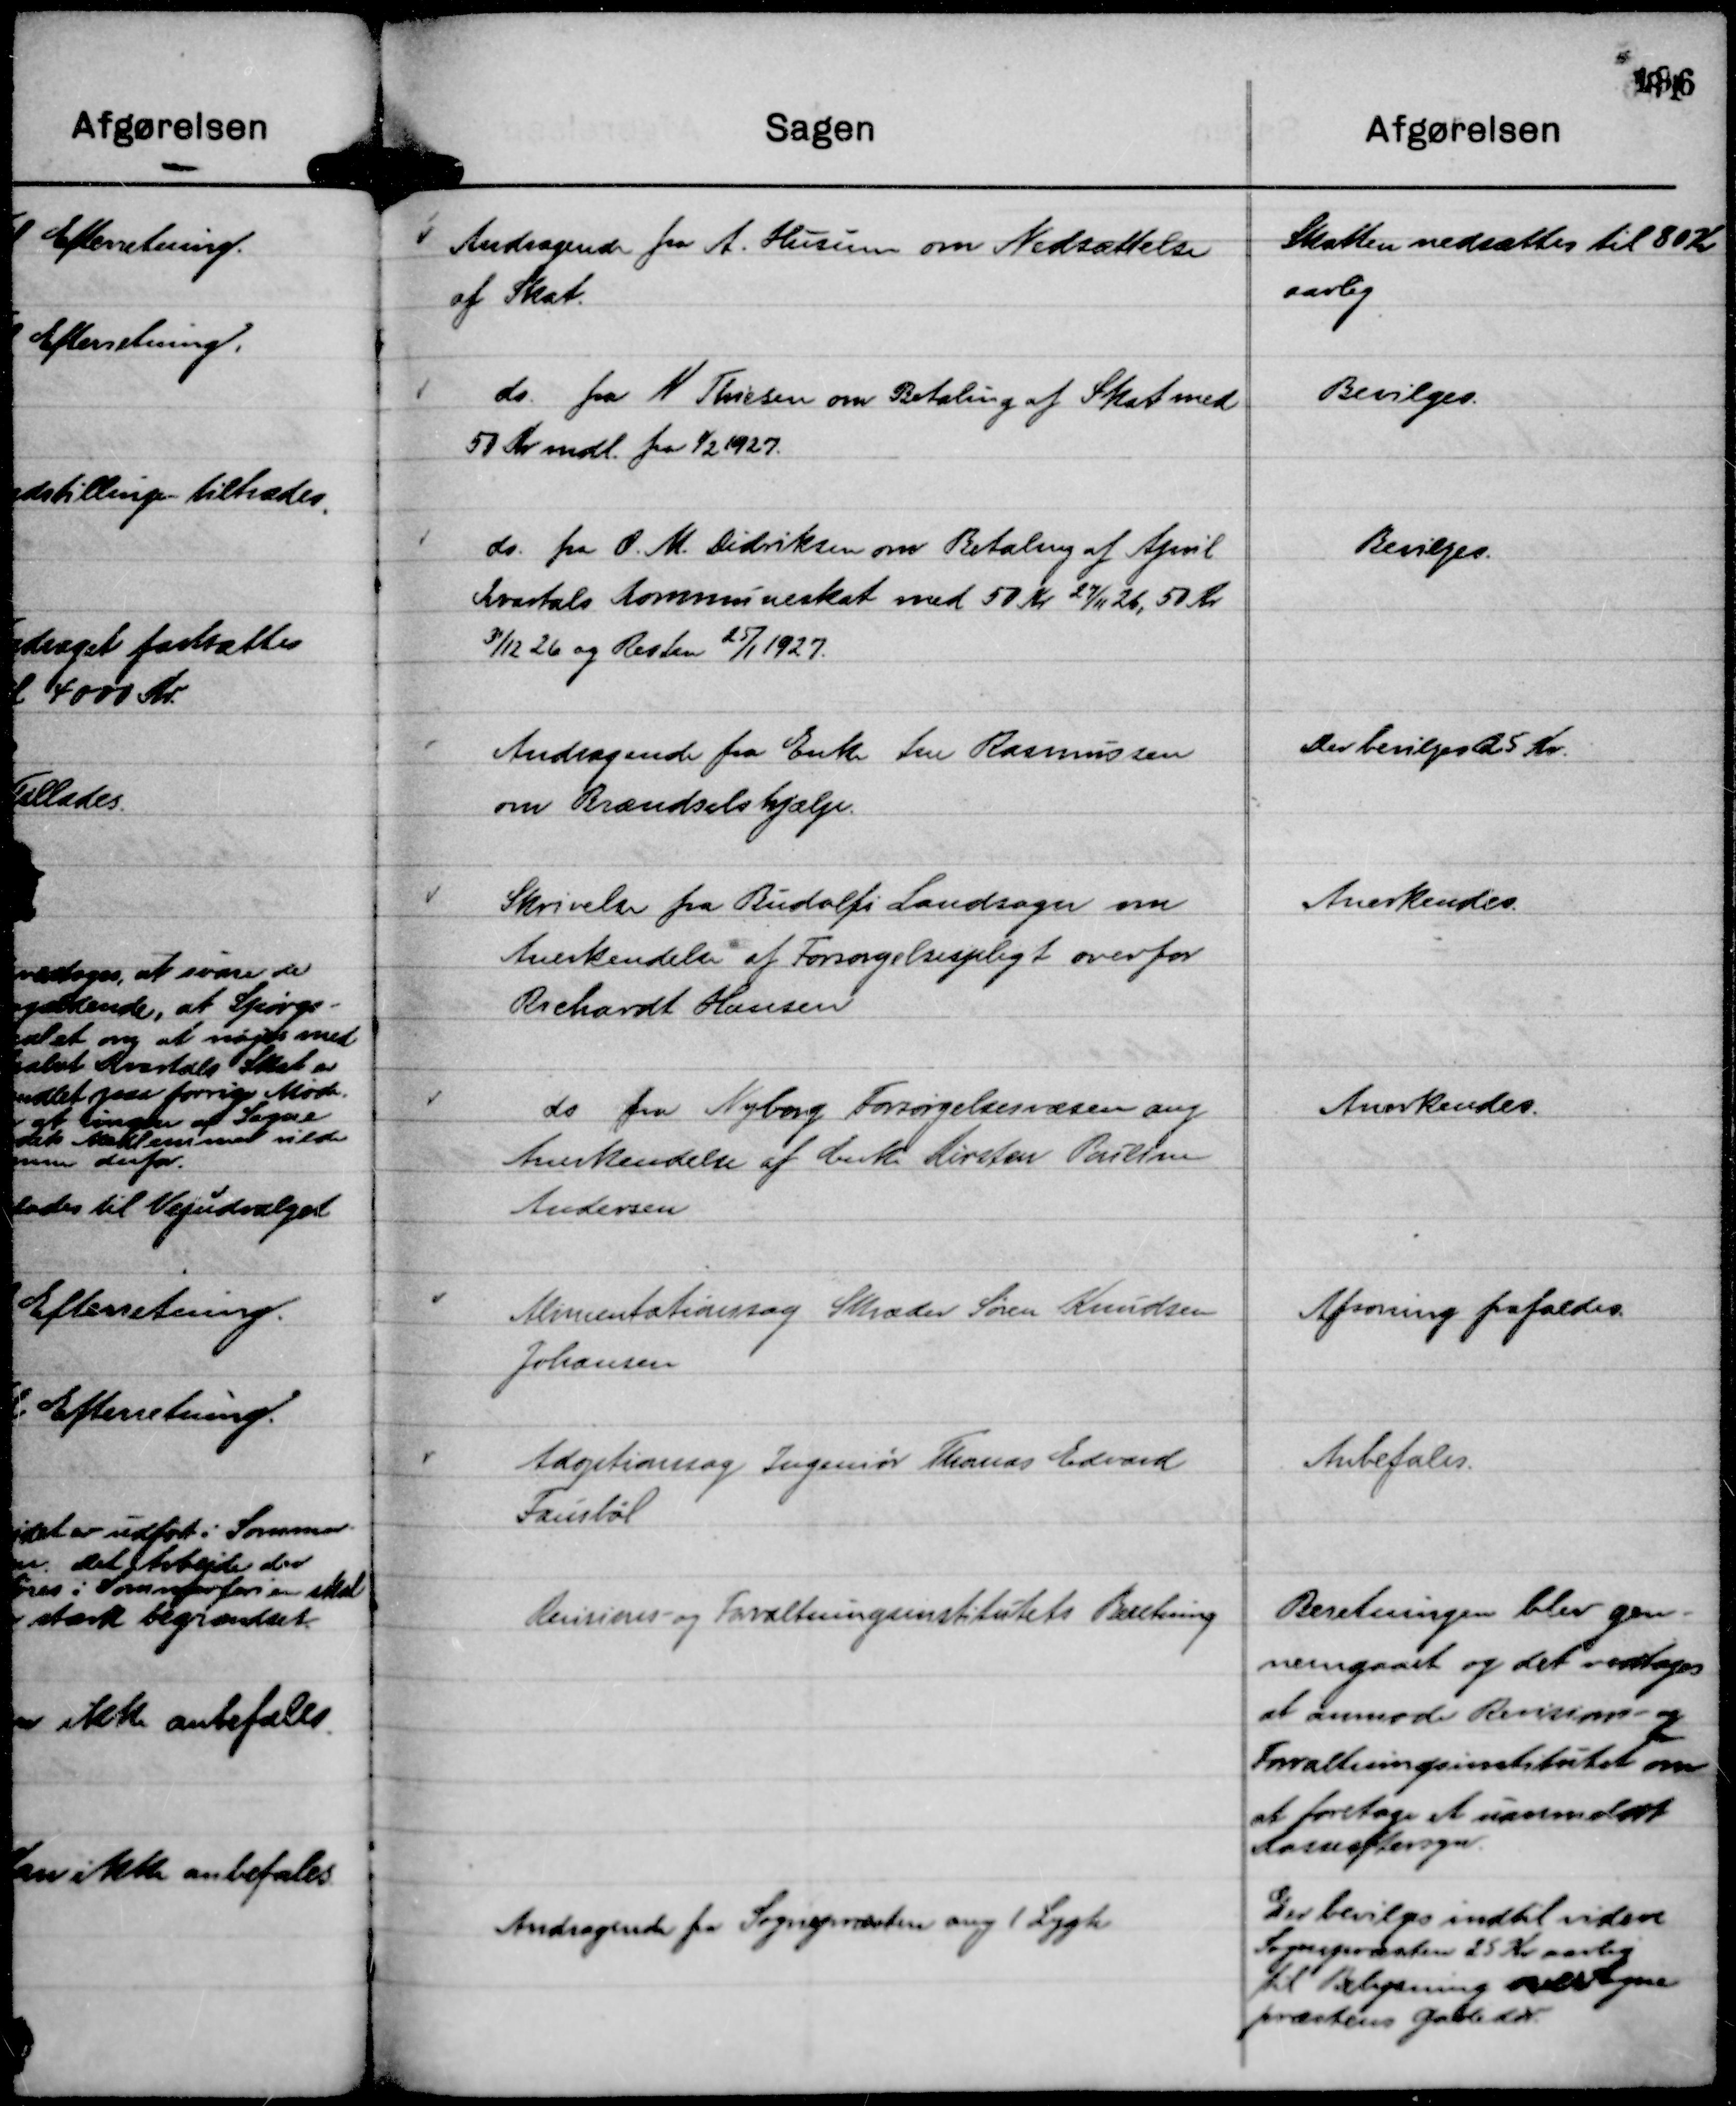
Transskription:
Andragende fra A. Husum om Nedsættelse
af Skat.

Skatten nedsættes til 80 Kr
aarlig

do. fra N Thiesen om Betaling af Skat med
50 kr mdl. fra 1/2 1927.

Bevilges.

do. fra O. M. Didriksen om Betaling af April
Kvartals Kommuneskat med 50 Kr 24/11 26, 50 Kr
31/12 26 og Resten 25/1 1927.

Bevilges.

Andragende fra Enke Ane Rasmussen
om Brændselshjælp.

Der bevilges 25 Kr.

Skrivelse fra Budolfi Landsogn om
Anerkendelse af Forsørgelsespligt overfor
Richardt Hansen

Anerkendes.

do fra Nyborg Forsørgelsesvæsen ang
Anerkendelse af Enke Kirsten Pouline
Andersen

Anerkendes.

Alimentationssag Skræder Søren Knudsen
Johansen

Afsoning frafaldes.

Adoptionssag Ingeniør Thomas Edvard
Fausbøl

Anbefales.

Revisions- og Forvaltningsinstitutets Beretning

Beretningen blev gen-
nemgaaet og det vedtoges
at anmode Revisions- og
Forvaltningsinstitutet om
at foretage et uanmeldt
Kasseeftersyn.

Andragende fra Sognepræsten ang 1 Lygte

Der bevilges indtil videre
Sognepræsten 25 Kr aarlig
til Belysning over Sogne
præstens Gadedør.